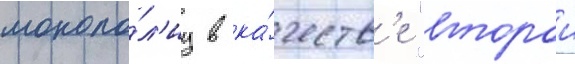
монопо́л'иу в ка́честв'е "второи